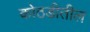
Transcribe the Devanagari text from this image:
कोठडीतील